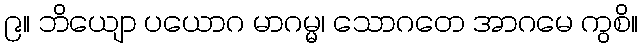
၉။ ဘိယျော ပယောဂ မာဂမ္မ၊ သောဂတေ အာဂမေ ကွစိ။